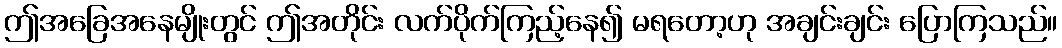
ဤအခြေအနေမျိုးတွင် ဤအတိုင်း လက်ပိုက်ကြည့်နေ၍ မရတော့ဟု အချင်းချင်း ပြောကြသည်။